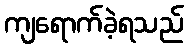
ကျရောက်ခဲ့ရသည်